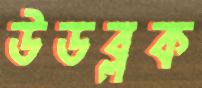
উডব্লক